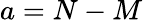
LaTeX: a=N-M